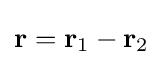
\mathbf {r} =\mathbf {r} _{1}-\mathbf {r} _{2}